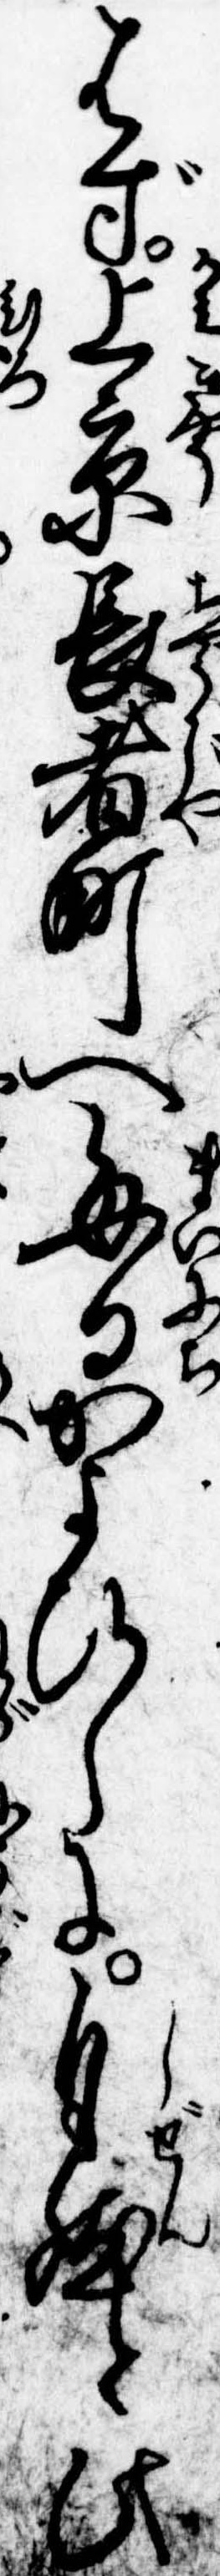
はず上京長者町へ毎日かよひしに自然と此